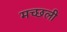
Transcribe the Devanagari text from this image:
मच्छली